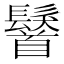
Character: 𩯢